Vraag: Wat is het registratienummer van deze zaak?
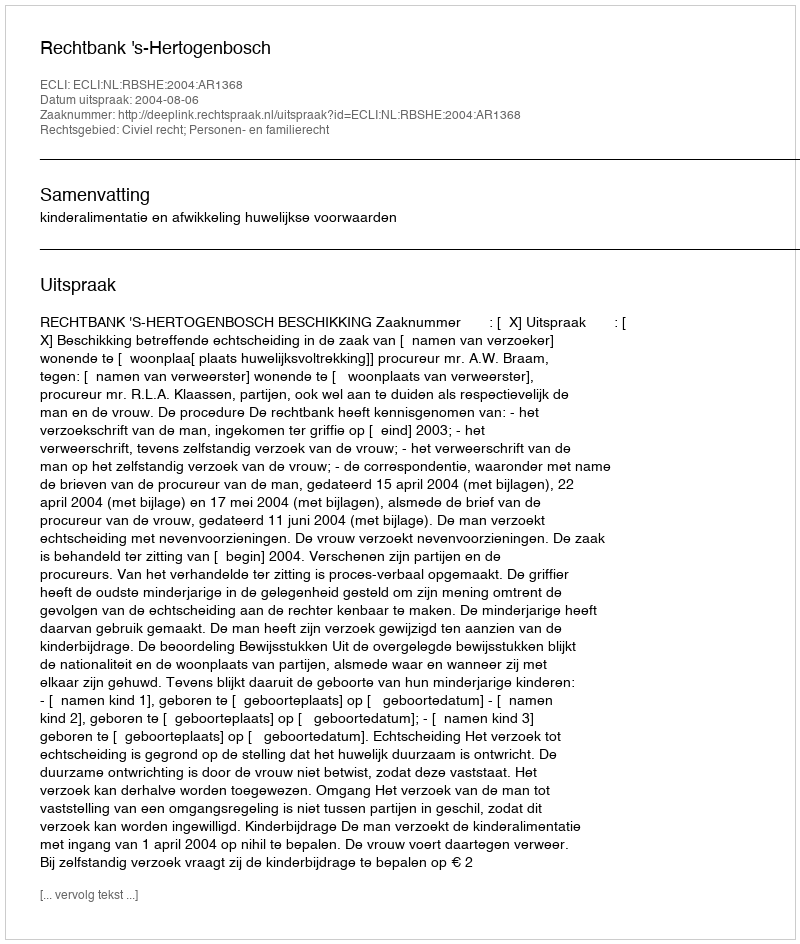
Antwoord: http://deeplink.rechtspraak.nl/uitspraak?id=ECLI:NL:RBSHE:2004:AR1368